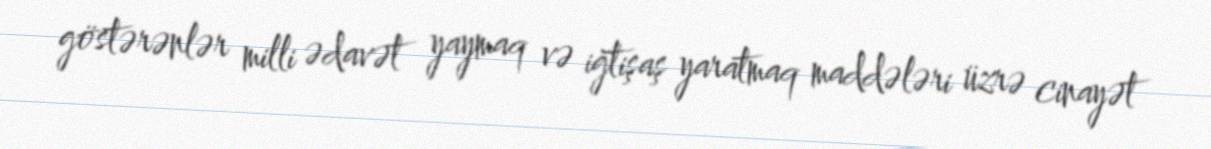
göstərənlər milli ədavət yaymaq və iğtişaş yaratmaq maddələri üzrə cinayət